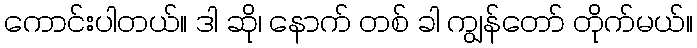
ကောင်းပါတယ်။ ဒါ ဆို၊ နောက် တစ် ခါ ကျွန်တော် တိုက်မယ်။